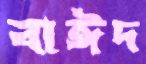
বাঈদ